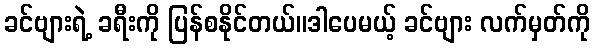
ခင်ဗျားရဲ့ ခရီးကို ပြန်စနိုင်တယ်။ဒါပေမယ့် ခင်ဗျား လက်မှတ်ကို